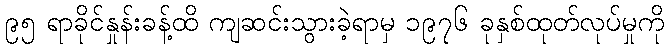
၉၅ ရာခိုင်နှုန်းခန့်ထိ ကျဆင်းသွားခဲ့ရာမှ ၁၉၇၆ ခုနှစ်ထုတ်လုပ်မှုကို